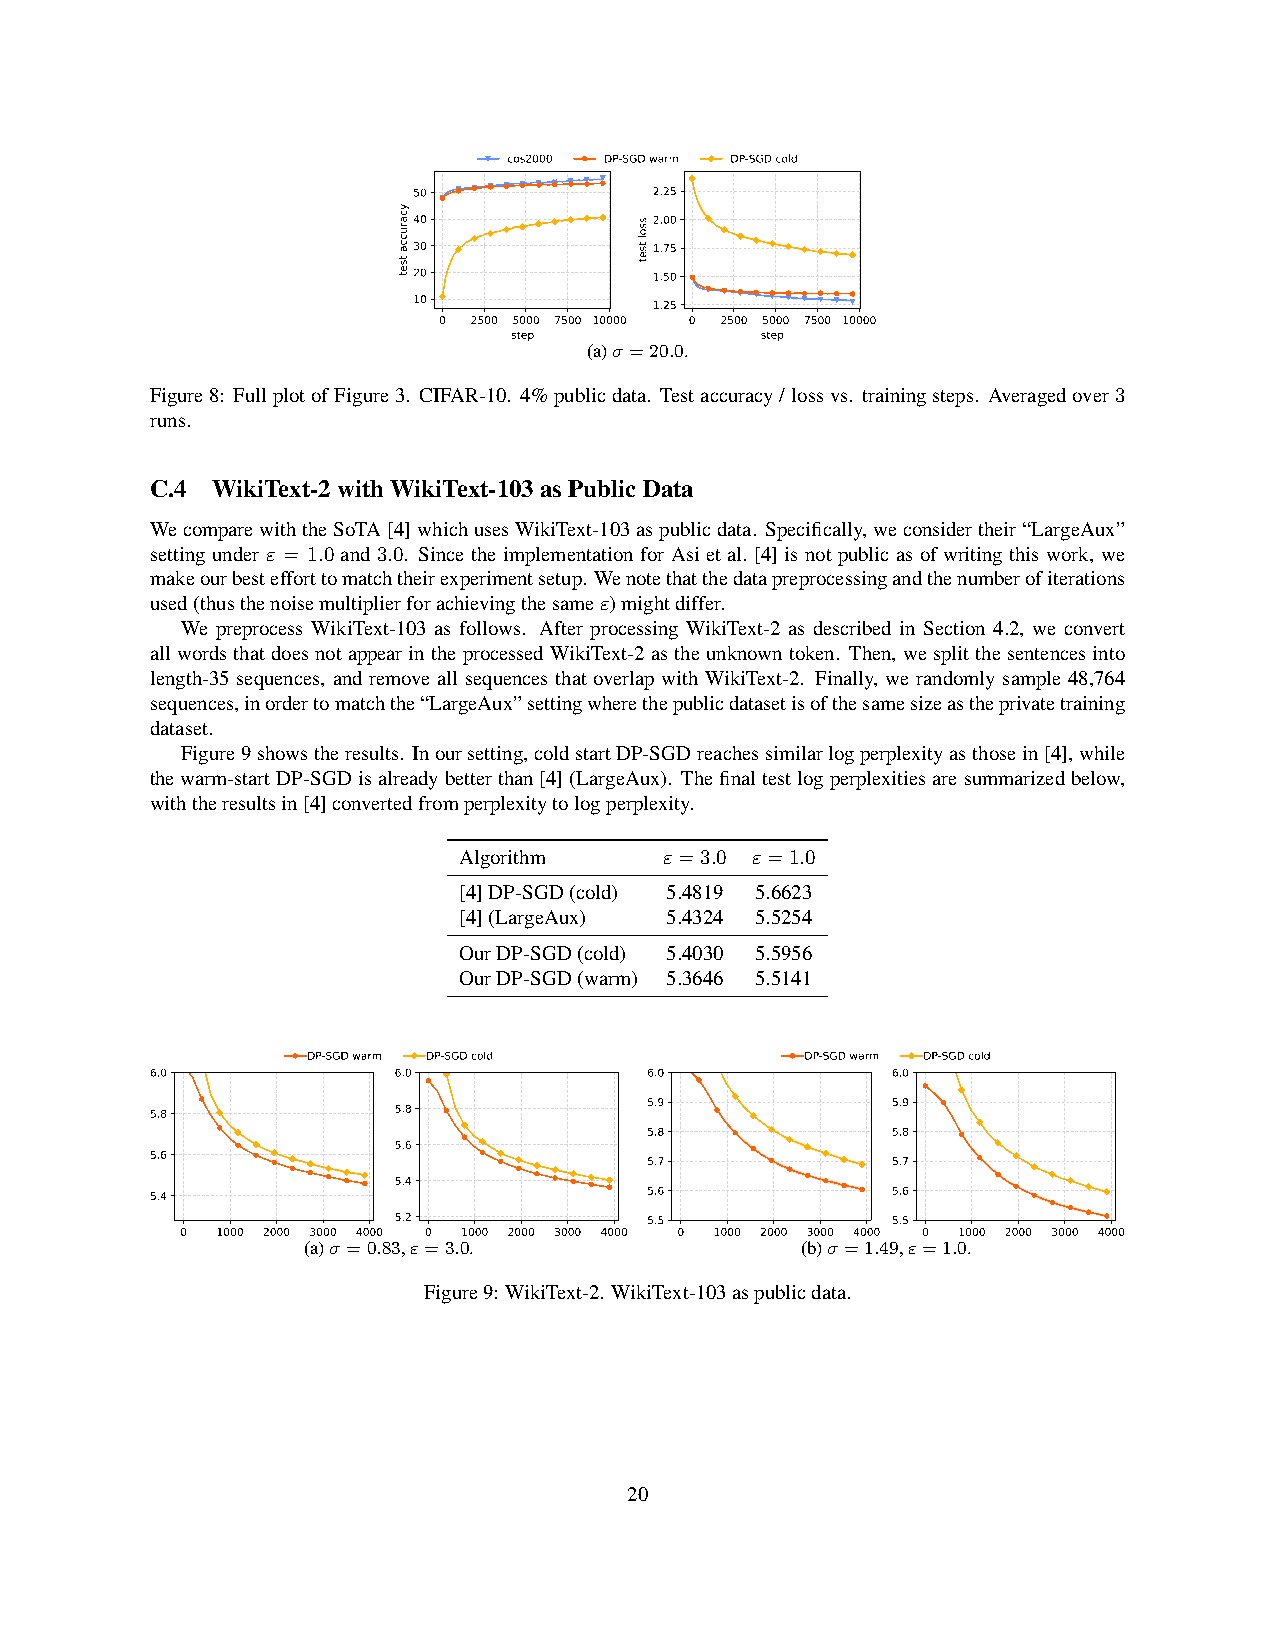
cos2000 DP-SGD warm DP-SGD cold
 50              2.25
 40              2.00
 30              1.75
 20              1.50
 10              1.25
 0 2500 5000 7500 10000 0 2500 5000 7500 10000
 step            step
 (a)σ=20.0.
 Figure8: FullplotofFigure3. CIFAR-10. 4%publicdata. Testaccuracy/lossvs. trainingsteps. Averagedover3
 runs.
 C.4 WikiText-2withWikiText-103asPublicData
 WecomparewiththeSoTA[4]whichusesWikiText-103aspublicdata. Specifically,weconsidertheir“LargeAux”
 setting under ε = 1.0 and 3.0. Since the implementation for Asi et al. [4] is not public as of writing this work, we
 makeourbestefforttomatchtheirexperimentsetup. Wenotethatthedatapreprocessingandthenumberofiterations
 used(thusthenoisemultiplierforachievingthesameε)mightdiffer.
 We preprocess WikiText-103 as follows. After processing WikiText-2 as described in Section 4.2, we convert
 allwordsthatdoesnotappearintheprocessedWikiText-2astheunknowntoken. Then, wesplitthesentencesinto
 length-35 sequences, and remove all sequences that overlap with WikiText-2. Finally, we randomly sample 48,764
 sequences,inordertomatchthe“LargeAux”settingwherethepublicdatasetisofthesamesizeastheprivatetraining
 dataset.
 Figure9showstheresults. Inoursetting,coldstartDP-SGDreachessimilarlogperplexityasthosein[4],while
 thewarm-startDP-SGDisalreadybetterthan[4](LargeAux). Thefinaltestlogperplexitiesaresummarizedbelow,
 withtheresultsin[4]convertedfromperplexitytologperplexity.
 Algorithm     ε=3.0 ε=1.0
 [4]DP-SGD(cold) 5.4819 5.6623
 [4](LargeAux) 5.4324 5.5254
 OurDP-SGD(cold) 5.4030 5.5956
 OurDP-SGD(warm) 5.3646 5.5141
 DP-SGD warm DP-SGD cold          DP-SGD warm DP-SGD cold
 6.0             6.0              6.0             6.0
 5.9             5.9
 5.8             5.8
 5.8             5.8
 5.6
 5.6
 5.7             5.7
 5.4
 5.4                              5.6             5.6
 5.2              5.5             5.5
 0 1000 2000 3000 4000 0 1000 2000 3000 4000 0 1000 2000 3000 4000 0 1000 2000 3000 4000
 (a)σ=0.83,ε=3.0.                 (b)σ=1.49,ε=1.0.
 Figure9: WikiText-2. WikiText-103aspublicdata.
 20
 ycarucca
 tset
 ssol
 tset